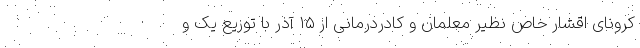
کرونای اقشار خاص نظیر معلمان و کادردرمانی از ۱۵ آذر با توزیع یک و